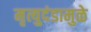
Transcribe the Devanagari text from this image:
मृत्युदंडामुळे